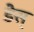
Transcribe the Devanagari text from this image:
डेस्